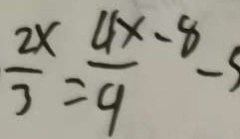
\frac { 2 x } { 3 } = \frac { 4 x - 8 } { 9 } -